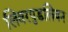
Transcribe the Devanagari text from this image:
लिवरपुडलियन